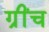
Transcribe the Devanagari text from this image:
ग्रींच